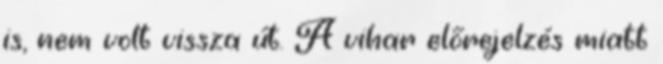
is, nem volt vissza út. A vihar előrejelzés miatt